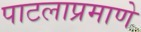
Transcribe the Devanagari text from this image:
पाटलाप्रमाणे